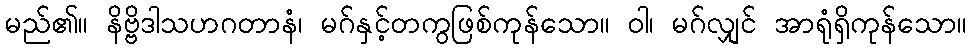
မည်၏။ နိဗ္ဗိဒါသဟဂတာနံ၊ မဂ်နှင့်တကွဖြစ်ကုန်သော။ ဝါ၊ မဂ်လျှင် အာရုံရှိကုန်သော။